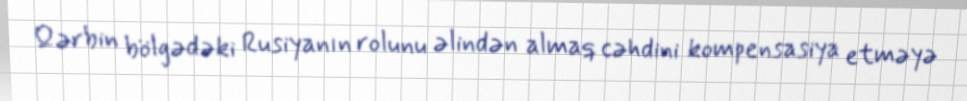
Qərbin bölgədəki Rusiyanın rolunu əlindən almaq cəhdini kompensasiya etməyə